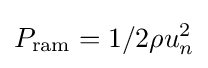
P_{\text{ram}}=1/2\rho u_{n}^{2}